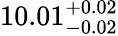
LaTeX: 10.01_{-0.02}^{+0.02}